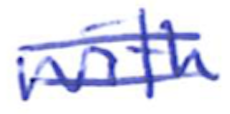
Text: with
Cross-out: double-line
Writing tool: ballpoint